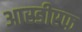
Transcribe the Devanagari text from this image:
आरडीएफ